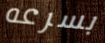
بسرعه